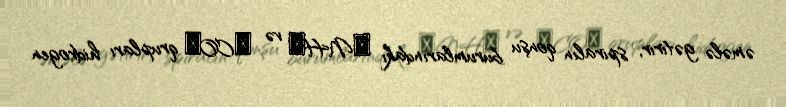
əmələ gətirir, spiralın qonşu burumlarındakı ―NH― və ―CO― qrupları hidrogen